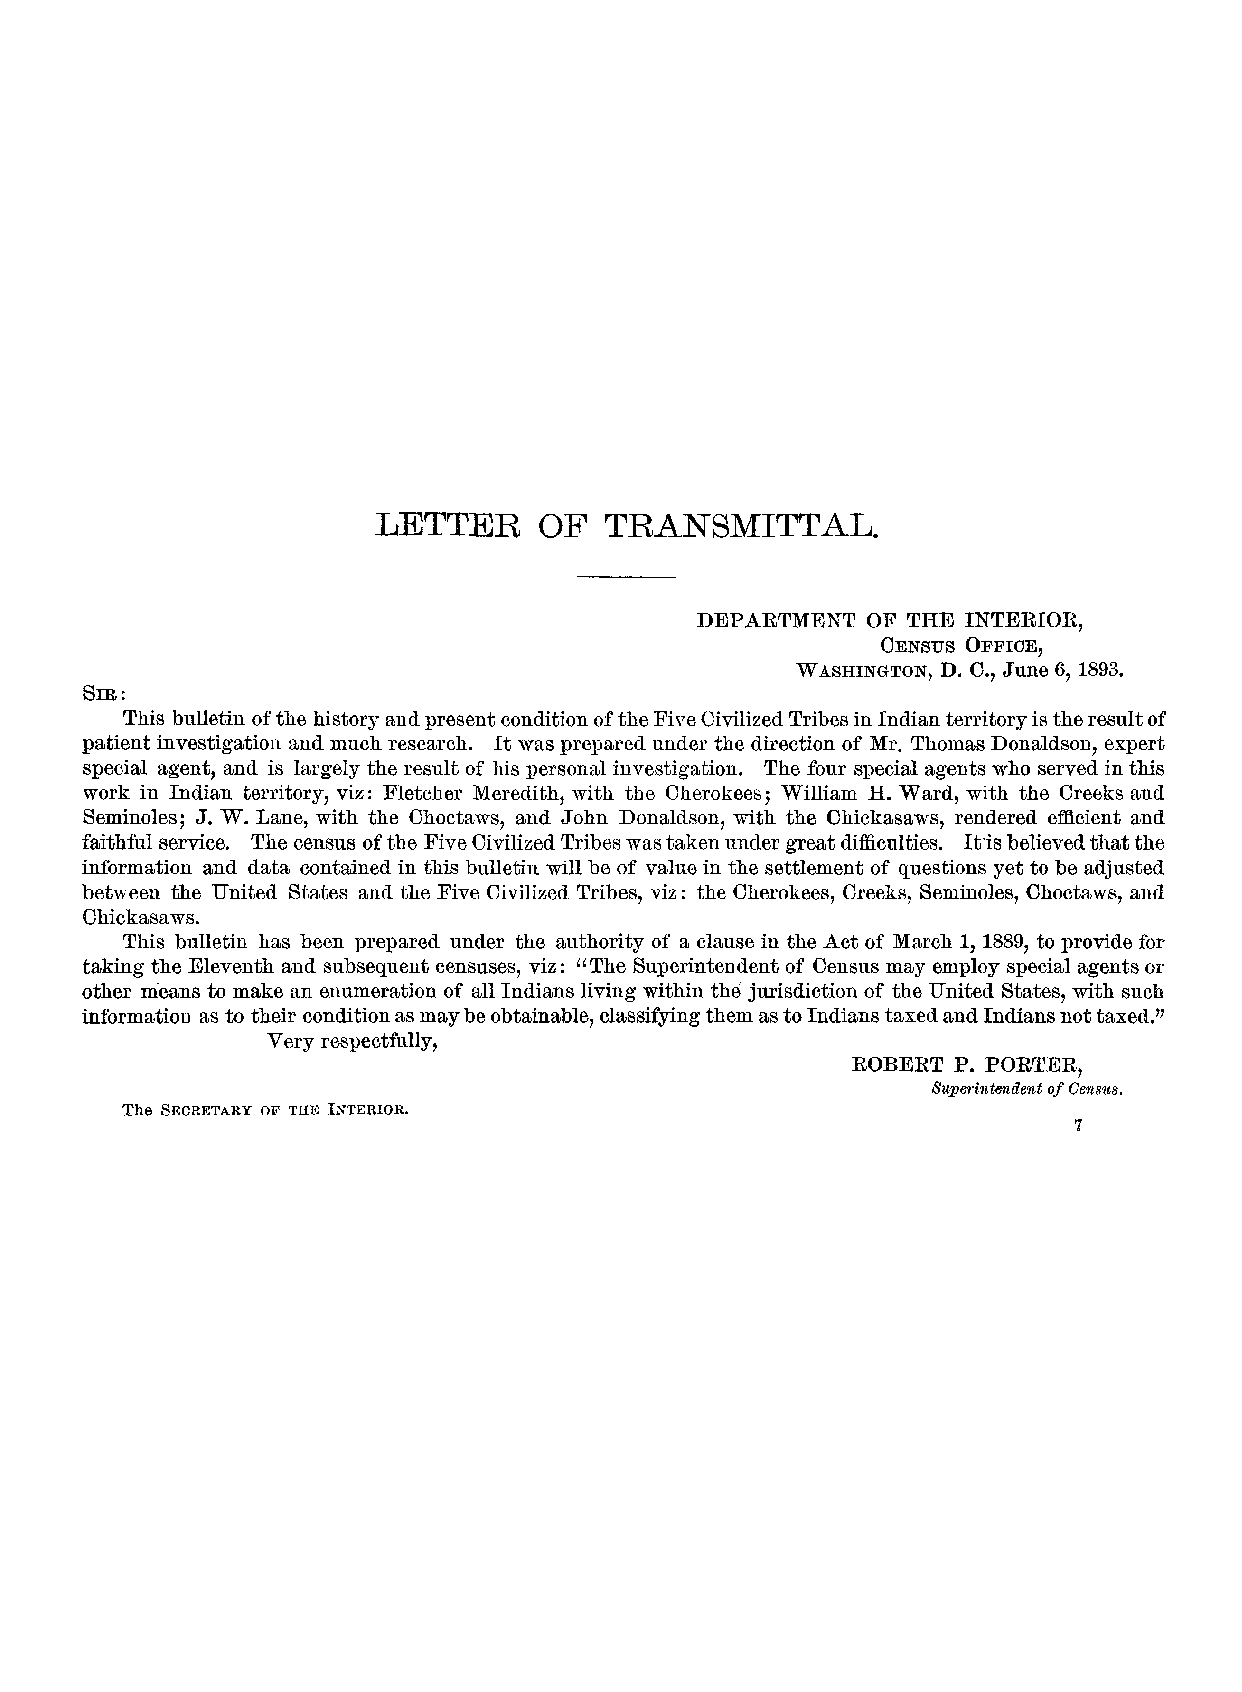
LETTER     OF  TRANSMITTAL.
 DEPARTMENT OF THE INTEEIOE,
 CENSUS OFFICE,
 WASHINGTON, D. 0., June 6,1893.
 SIR:
 This bulletin of the history and present condition of the Five Civilized Tribes in Indian territory is the result of
 patient investigation and much research. It was prepared under the direction of Mr. Thomas Donaldson, expert
 special agent, and is largely the result of his personal investigation. The four special agents who served in this
 work in Indian territory, viz: Fletcher Meredith, with the Cherokees; William H. Ward, with the Creeks and
 Seminoles; J. W. Lane, with the Choctaws, and John Donaldson, with the Chickasaws, rendered efficient and
 faithful service. The census of the Five Civilized Tribes was taken under great difficulties. Itis believed that the
 information and data contained in this bulletin will be of value in the settlement of questions yet to be adjusted
 between the United States and the Five Civilized Tribes, viz: the Cherokees, Creeks, Seminoles, Choctaws, and
 Chickasaws.
 This bulletin has been prepared under the authority of a clause in the Act of March 1,1889, to provide for
 taking the Eleventh and subsequent censuses, viz: "The Superintendent of Census may employ special agents or
 other means to make an enumeration of all Indians living within the jurisdiction of the United States, with such
 information as to their condition as may be obtainable, classifying them as to Indians taxed and Indians not taxed."
 Very respectfully,
 EOBEET P. POETEE,
 Superintendent of Census.
 The SECRETARY OP THE INTERIOR.